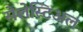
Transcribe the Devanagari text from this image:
सेलेस्टिअल